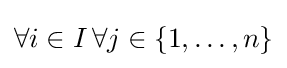
\forall i\in I\,\forall j\in \{1,\ldots ,n\}